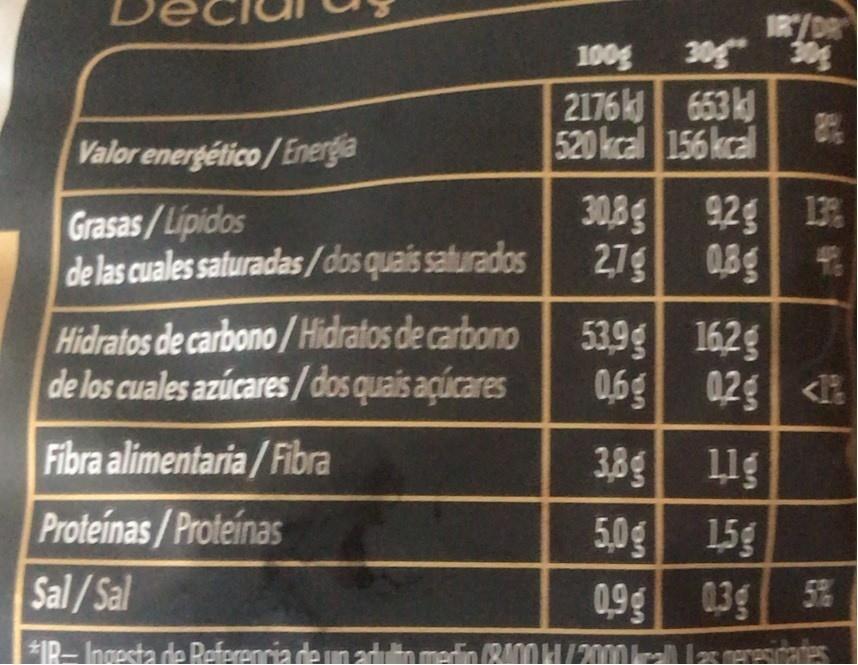
IR/DR 30g 30g
100g
2176k 653 kd 520 kcal 156 kcal
Valor energético/ Energia
Grasas/Lipidos de las cuales saturadas/dos quais saturados
30,8g 92g 13% 27g 03g
Hidratos de carbono/Hidratos de carbono de los cuales azúcares/dos quais açúcares
539g 162g 0,6g 02g <
Fibra alimentaria/Fibra
3,8g 11g
1lg 5,0g 15g 09g 03g 5%
Proteinas/Proteinas
Sal/Sal
1P-Ingesta de Peferencia de un adn merdin R00 H/200
0
Hasreresidades